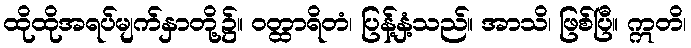
ထိုထိုအရပ်မျက်နှာတို့၌။ ဝတ္ထာရိတံ၊ ပြန့်နှံ့သည်။ အာသိ၊ ဖြစ်ပြီ။ ဣတိ၊